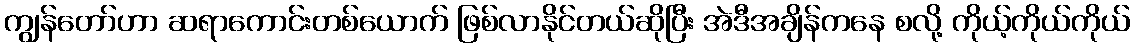
ကျွန်တော်ဟာ ဆရာကောင်းတစ်ယောက် ဖြစ်လာနိုင်တယ်ဆိုပြီး အဲဒီအချိန်ကနေ စလို့ ကိုယ့်ကိုယ်ကိုယ်